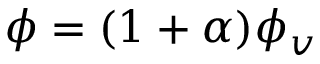
\phi = ( 1 + \alpha ) { { \phi } _ { v } }